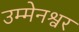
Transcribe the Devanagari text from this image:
उम्मेनश्वर